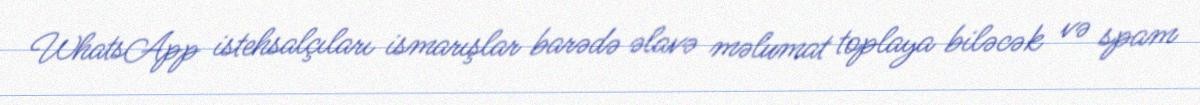
WhatsApp istehsalçıları ismarışlar barədə əlavə məlumat toplaya biləcək və spam